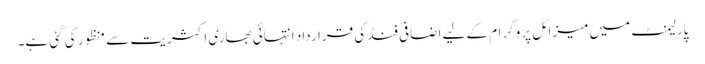
پارلیمنٹ میں میزائل پروگرام کے لیے اضافی فنڈ کی قرارداد انتہائی بھاری اکثریت سے منظور کی گئی ہے۔